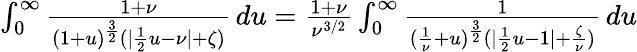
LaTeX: \begin{array}{r}{\int_{0}^{\infty}\frac{1+\nu}{(1+u)^{\frac{3}{2}}(|\frac{1}{2}u-\nu|+\zeta)}\, du=\frac{1+\nu}{\nu^{3/2}}\int_{0}^{\infty}\frac{1}{(\frac{1}{\nu}+u)^{\frac{3}{2}}(|\frac{1}{2}u-1|+\frac{\zeta}{\nu})}\, du}\end{array}